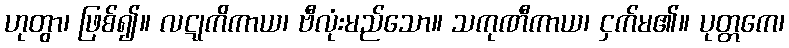
ဟုတွာ၊ ဖြစ်၍။ လဋုကိကာယ၊ ဗီလုံးမည်သော။ သကုဏီကာယ၊ ငှက်မ၏။ ပုတ္တကေ၊